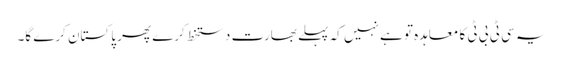
یہ سی ٹی بی ٹی کا معاہدہ تو ہے نہیں کہ پہلے بھارت دستخط کرے پھر پاکستان کرے گا۔